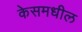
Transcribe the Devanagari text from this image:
केसमधील